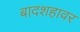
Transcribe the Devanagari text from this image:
बादशहावर